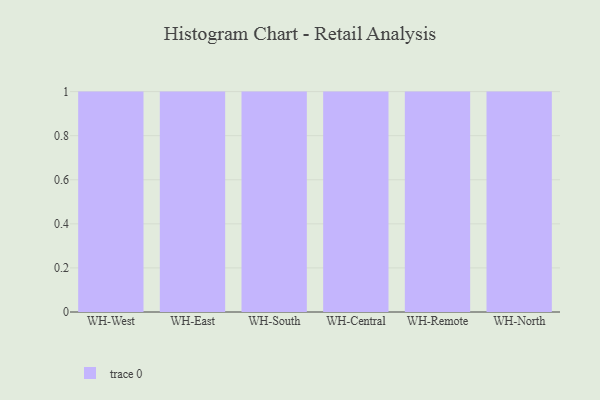
{"axis": {"x": "Warehouse", "y": "Backlog"}, "legend": [""], "data": [{"x": "WH-West", "y": 2, "type": ""}, {"x": "WH-East", "y": 9, "type": ""}, {"x": "WH-South", "y": 69, "type": ""}, {"x": "WH-Central", "y": 42, "type": ""}, {"x": "WH-Remote", "y": 69, "type": ""}, {"x": "WH-North", "y": 61, "type": ""}]}